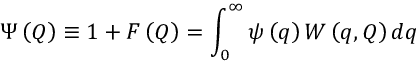
\Psi \left( Q \right) \equiv 1 + F \left( Q \right) = \int _ { 0 } ^ { \infty } \psi \left( q \right) W \left( q , Q \right) d q